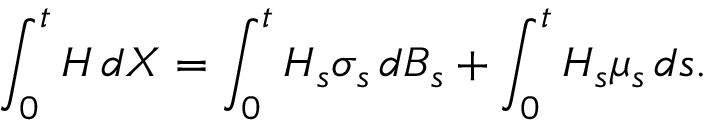
\int _ { 0 } ^ { t } H \, d X = \int _ { 0 } ^ { t } H _ { s } \sigma _ { s } \, d B _ { s } + \int _ { 0 } ^ { t } H _ { s } \mu _ { s } \, d s .